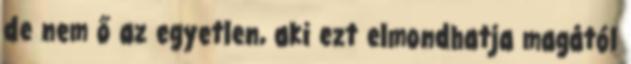
de nem ő az egyetlen, aki ezt elmondhatja magától